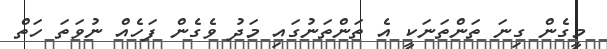
މީގެން ގިނަ ތަންތަނަކީ އެ ތަންތަނުގައި މަދު ވެގެން ފަހެއް ނުވަތަ ހަތް